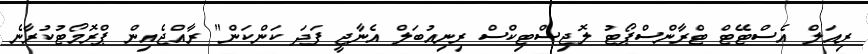
ރިއަލް އެސްޓޭޓް ޓްރާންސްޕޯޓު ލޮޖިސްޓިކްސް ރިނިއުބަލް އެނާޖީ ފަދަ ކަންކަން" ރާއްޖެއިން ޕްރޮމޯޓުކުރާނެ